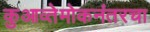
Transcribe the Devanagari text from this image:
कुआव्तेमोकनंतरचा